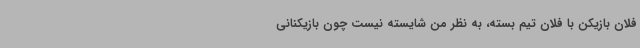
فلان بازیکن با فلان تیم بسته، به نظر من شایسته نیست چون بازیکنانی